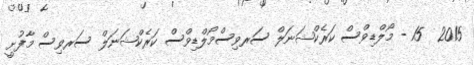
2015  15 - މޯލްޑިވްސް ކަރެކްޝަނަލް ސަރވިސްމޯލްޑިވްސް ކަރެކްޝަނަލް ސަރވިސް މާފުށީ